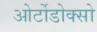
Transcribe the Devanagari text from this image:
ओर्टोडोक्सो